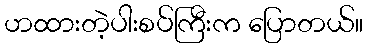
ဟထားတဲ့ပါးစပ်ကြီးက ပြောတယ်။